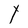
Character: Y